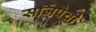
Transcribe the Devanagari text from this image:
सर्जिपेची